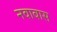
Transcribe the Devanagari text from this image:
नवाबास